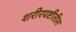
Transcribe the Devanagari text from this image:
शरीरयष्टीतील